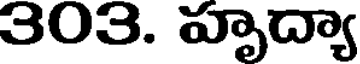
303. హృద్యా